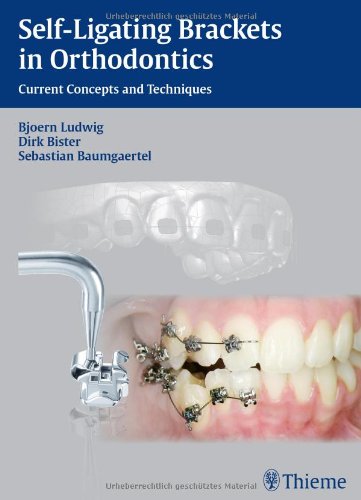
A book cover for Self-ligating Brackets in Orthodontics: Current Concepts and Techniques; Bjoern Ludwig; Medical Books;